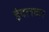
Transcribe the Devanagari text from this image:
इंदलकर